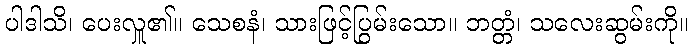
ပါဒါသိ၊ ပေးလှူ၏။ သေစနံ၊ သားဖြင့်ပြွမ်းသော။ ဘတ္တံ၊ သလေးဆွမ်းကို။